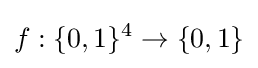
f:\{0,1\}^{4}\to \{0,1\}